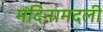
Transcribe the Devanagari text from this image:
मंदिनामदली